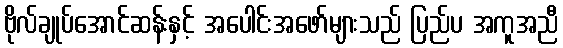
ဗိုလ်ချုပ်အောင်ဆန်းနှင့် အပေါင်းအဖော်များသည် ပြည်ပ အကူအညီ